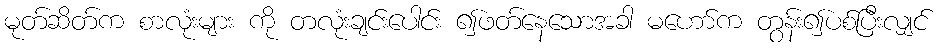
မုတ်ဆိတ်က စာလုံးများ ကို တလုံးချင်းပေါင်း ၍ဖတ်နေသောအခါ မဟော်က တွန်း၍ပစ်ပြီးလျှင်